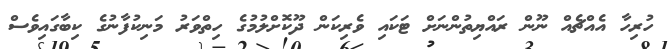
ހުރިހާ އެއްޗެއް ނޫން ރައްޔިތުންނަށް ޓަކައި ވެރިކަން ދޫކޮށްލުމުގެ ހިތްވަރު މަނިކުފާނުގެ ކިބާގައިވެސް